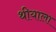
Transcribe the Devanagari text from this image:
थीयाला